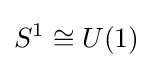
S^{1}\cong U(1)